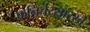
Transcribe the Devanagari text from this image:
फनिर्चरसारखे